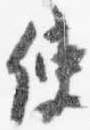
使